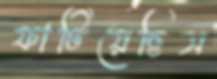
ফাটিয়েছিস